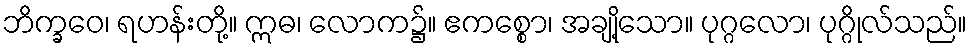
ဘိက္ခဝေ၊ ရဟန်းတို့။ ဣဓ၊ လောက၌။ ဧကစ္စော၊ အချို့သော။ ပုဂ္ဂလော၊ ပုဂ္ဂိုလ်သည်။